Reports on dispensaries and lunatic asylums in the Province of Oudh - 1869-1876
Year: 1869
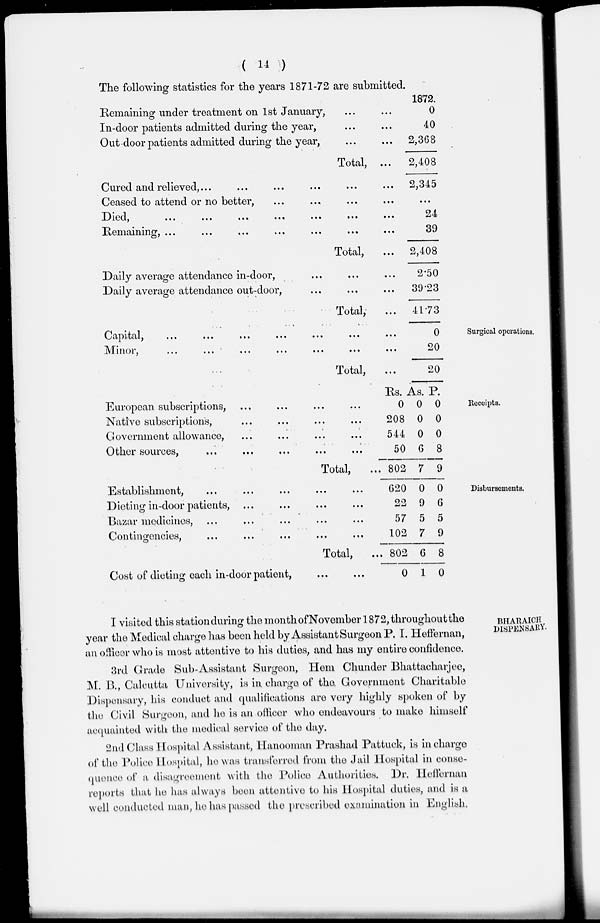
( 14 )
The following statistics for the years 1871-72 are submitted.
Remaining under treatment on 1st January, ... ...
In-door patients admitted during the year, ... ...
Out -door patients admitted during the year, ... ...
Total, ...
Cured and relieved, ... ... ... ... ...
Ceased to attend or no better, ... ... ... ...
Died, ... ... ... ... ... ... ...
Remaining,
...
...
...
...
...
...
...
Total, ...
Daily average attendance in-door, ... ... ...
Daily average attendance out-door, ... ... ...
Total, ...
1872.
0
40
2,368
2,408
2,345
...
24
39
2,408
2.50
39.23
41.73
Surgical operations.
Capital,
...
...
...
...
...
...
...
Minor,
...
...
...
...
...
...
...
Total, ...
0
20
20
Receipts.
European subscriptions, ... ... ... ...
Native subscriptions, ... ... ... ...
Government allowance, ... ... ... ...
Other sources, ... ... ... ... ...
Total, ...
Rs.
0
208
544
50
802
As.
0
0
0
6
7
P.
0
0
0
8
9
Disbursements.
Establishment, ... ... ... ... ...
Dieting in-door patients, ... ... ... ...
Bazar medicines, ... ... ... ... ...
Contingencies, ... ... ... ... ...
Total, ...
Cost of dieting each in-door patient, ... ...
620
22
57
102
802
0
0
9
5
7
6
1
0
6
5
9
8
0
BHARAICH
DISPENSARY.
I visited this station during the month of November 1872, throughout the
year the Medical charge has been held by Assistant Surgeon P. I. Heffernan,
an officer who is most attentive to his duties, and has my entire confidence.
3rd Grade Sub-Assistant Surgeon, Hem Chunder Bhattacharjee,
M. B., Calcutta University, is in charge of the. Government Charitable
Dispensary, his conduct and qualifications are very highly spoken of by
the Civil Surgeon, and he is an officer who endeavours to make himself
acquainted with the medical service of the day.
2nd Class Hospital Assistant, Hanooman Prashad Pattuck, is in charge
of the Police Hospital, he was transferred from the Jail Hospital in conse-
quence of a disagreement with the Police Authorities. Dr. Heffernan
reports that he has always been attentive to his Hospital duties, and is a
well conducted man, he has passed the prescribed examination in English.